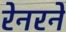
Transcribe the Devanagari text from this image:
रेनरने